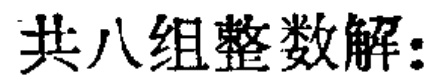
共八组整数解: